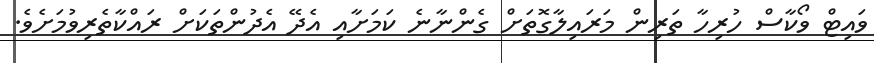
ވައިޓް ވޯކާސް ހުރިހާ ތަރިން މަރައިލާގޮތަށް ގެންނާނެ ކަމަށާއި އެދޭ އެދުންތަކަށް ރައްކާތެރިވުމަށެވެ.